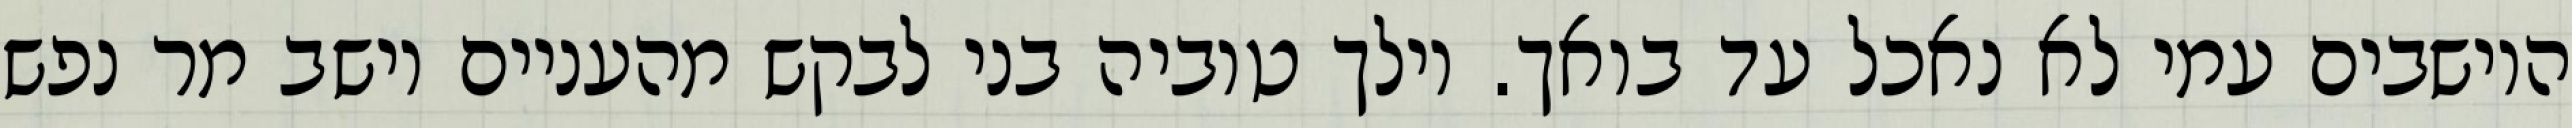
היושבים עמי לא נאכל עד בואך. וילך טוביה בני לבקש מהעניים וישב מר נפש